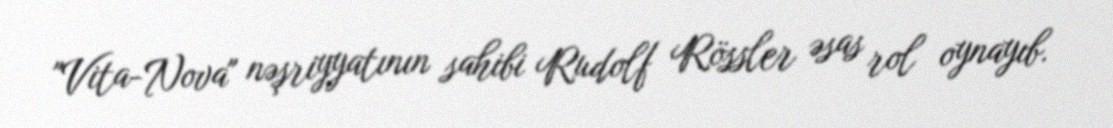
"Vita-Nova" nəşriyyatının sahibi Rudolf Rössler əsas rol oynayıb.